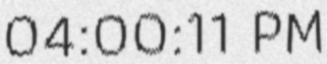
04:00:11 PM